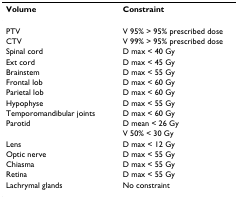
<table><thead><tr><td><b>Volume</b></td><td><b>Constraint</b></td></tr></thead><tbody><tr><td>PTV</td><td>V 95% &gt; 95% prescribed dose</td></tr><tr><td>CTV</td><td>V 99% &gt; 95% prescribed dose</td></tr><tr><td>Spinal cord</td><td>D max &lt; 40 Gy</td></tr><tr><td>Ext cord</td><td>D max &lt; 45 Gy</td></tr><tr><td>Brainstem</td><td>D max &lt; 55 Gy</td></tr><tr><td>Frontal lob</td><td>D max &lt; 60 Gy</td></tr><tr><td>Parietal lob</td><td>D max &lt; 60 Gy</td></tr><tr><td>Hypophyse</td><td>D max &lt; 55 Gy</td></tr><tr><td>Temporomandibular joints</td><td>D max &lt; 60 Gy</td></tr><tr><td>Parotid</td><td>D mean &lt; 26 Gy</td></tr><tr><td></td><td>V 50% &lt; 30 Gy</td></tr><tr><td>Lens</td><td>D max &lt; 12 Gy</td></tr><tr><td>Optic nerve</td><td>D max &lt; 55 Gy</td></tr><tr><td>Chiasma</td><td>D max &lt; 55 Gy</td></tr><tr><td>Retina</td><td>D max &lt; 55 Gy</td></tr><tr><td>Lachrymal glands</td><td>No constraint</td></tr></tbody></table>